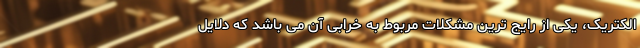
الکتریک، یکی از رایج ترین مشکلات مربوط به خرابی آن می باشد که دلایل